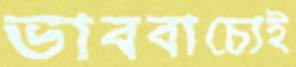
ভাববাচ্যেই